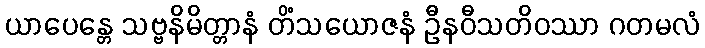
ယာပေန္တေ သဗ္ဗနိမိတ္တာနံ တိံသယောဇနံ ဦနဝီသတိဝဿာ ဂတမလံ